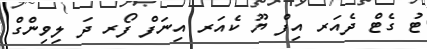
ޓު ގެޓް ދެއަރ އިފް ޔޫ ކެއަރ އިނަފް ފޯރ ދަ ލިވިންގް